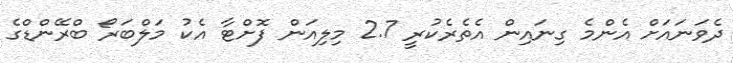
ދެވަނައަށް އެންމެ ގިނައިން އެތެރެކުރީ 2.7 މިލިއަން ފޮށްޓާ އެކު މަލްބަރޯ ބްރޭންޑްގެ